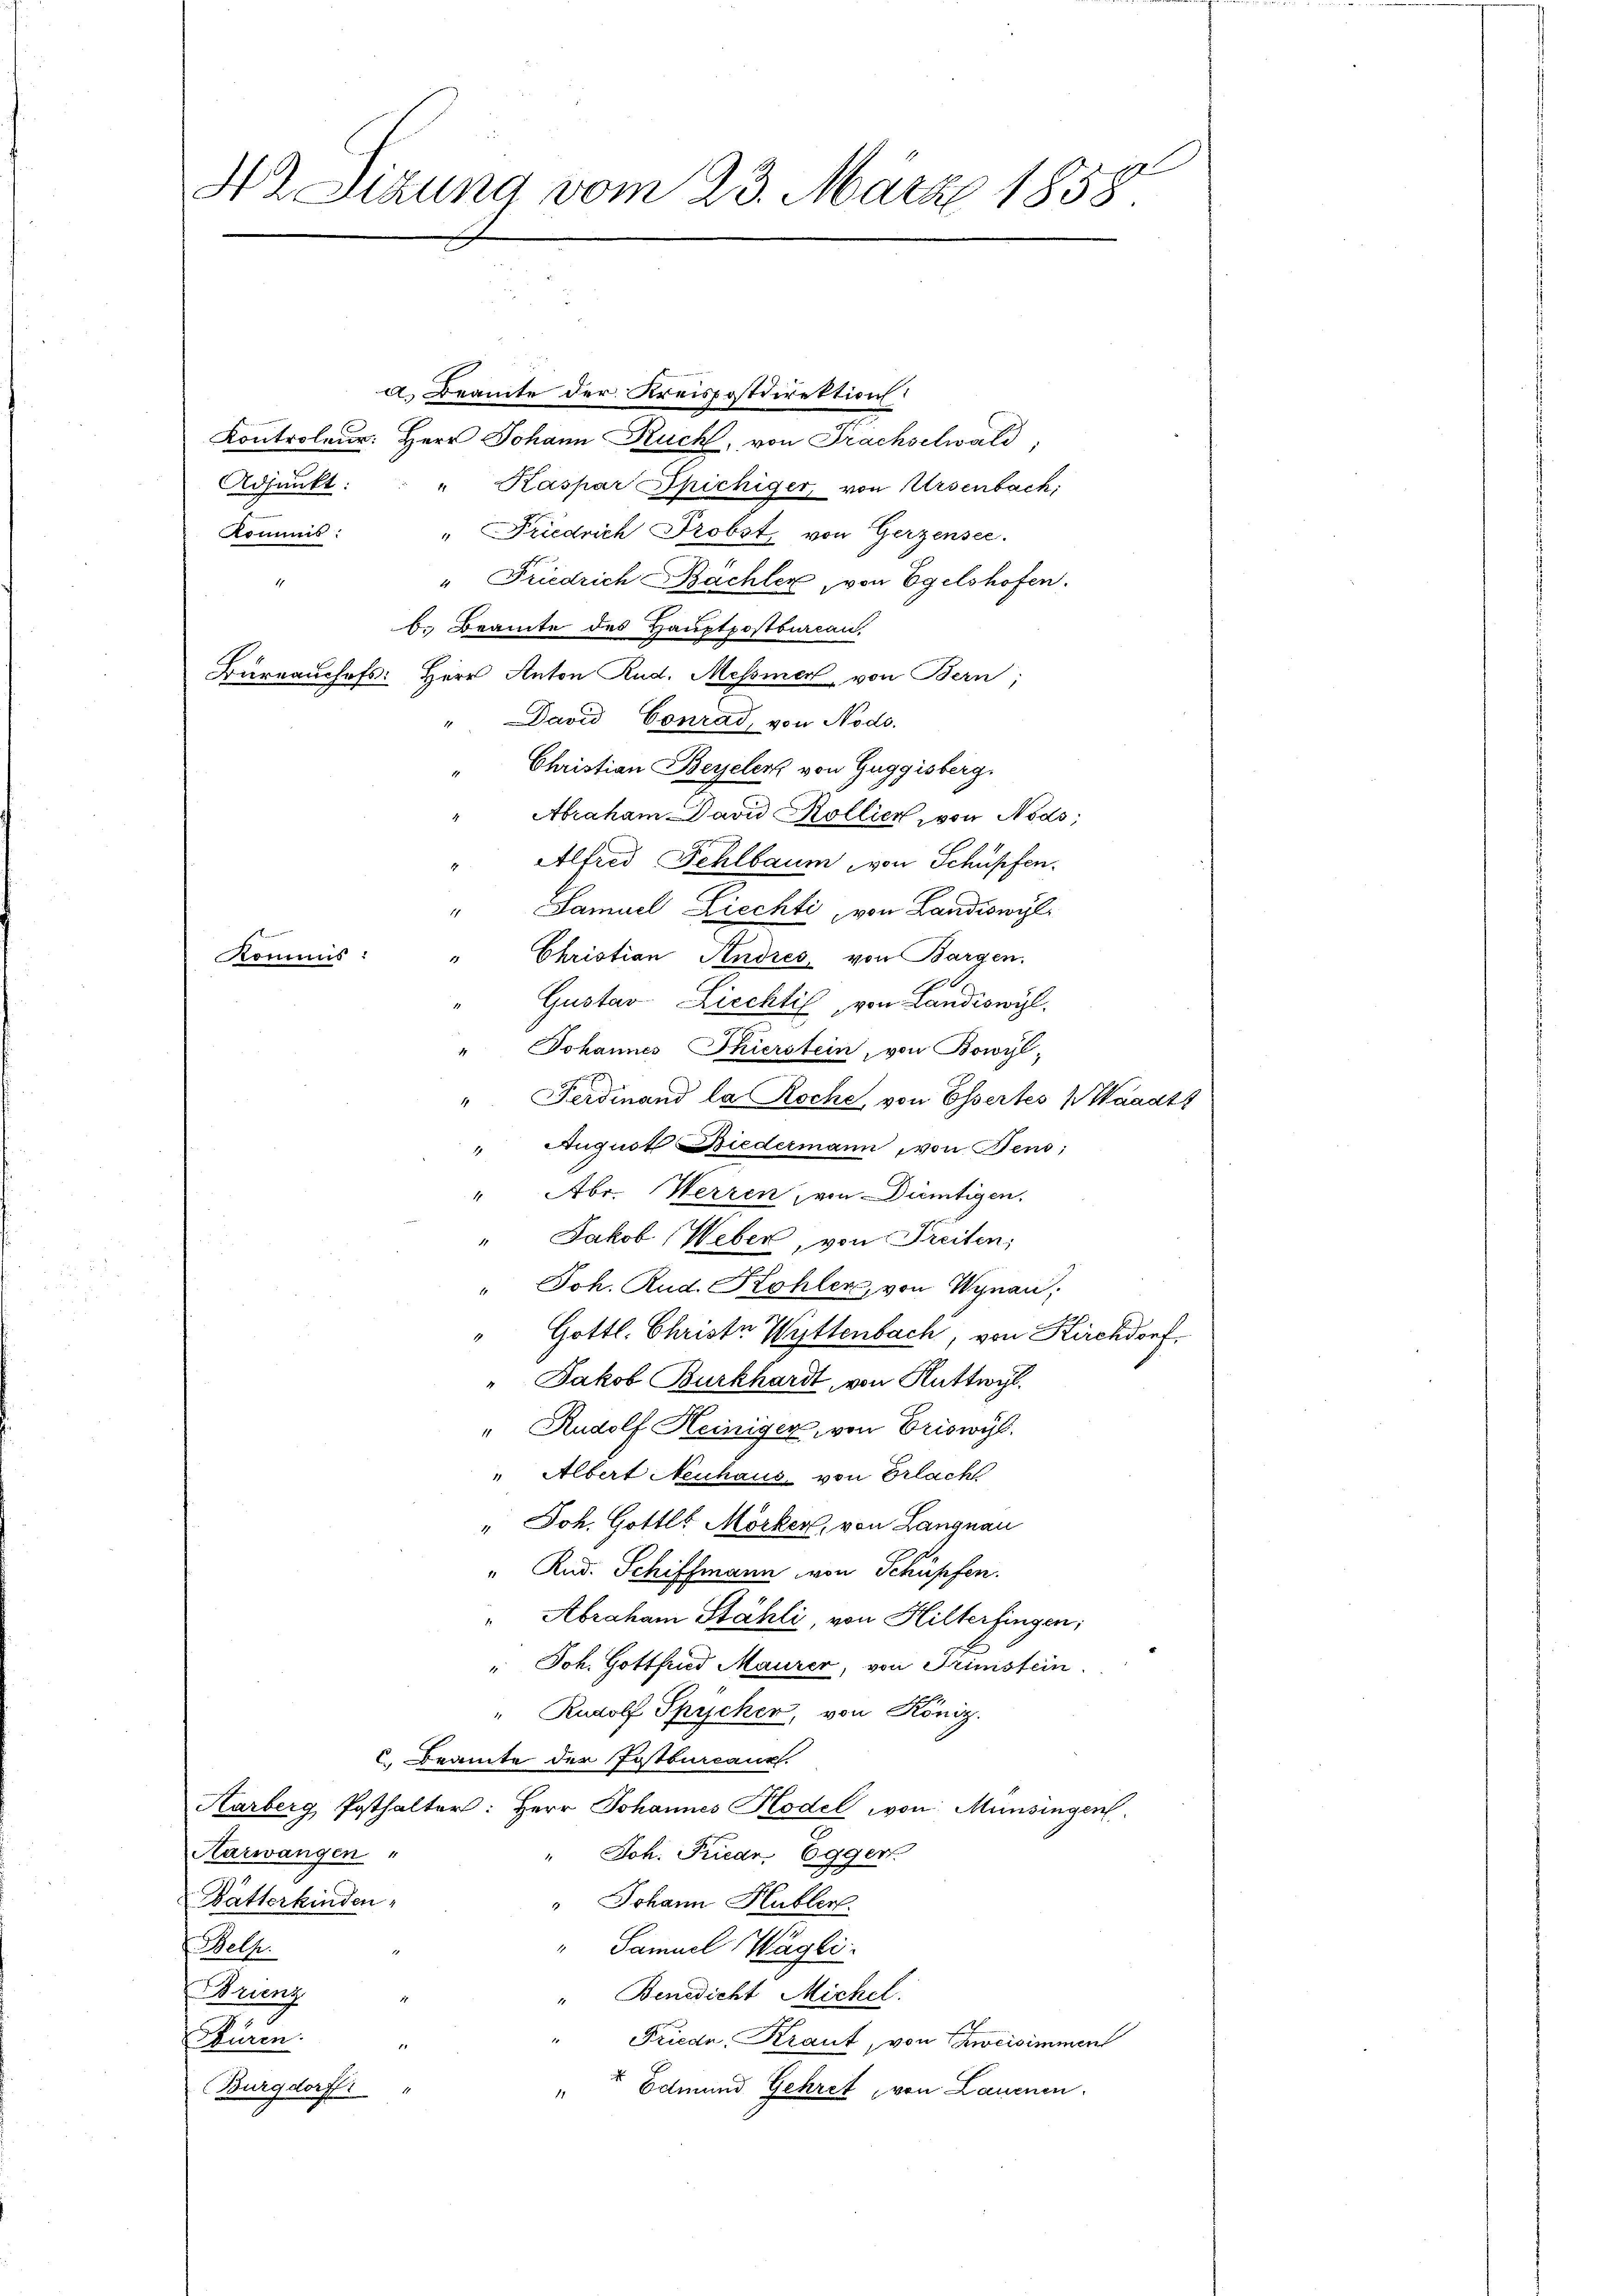
4r Sitzung vom 23. März 1858

Kontroleur: Herr Johann Ruch, von Frächselwald,
Adjunkt:
" Kaspar Spichiger, von Ursenbach,
" Friedrich Probst von Gerzensee.
Kommis:
" Friedrich Bächler, von Egelshofen.
b. Beamte des Hauptpostburcan.
Bürrauchefs: Herr Anton Rud. Messier von Bern;
David Conrad, von Nodo.
Christian Beyelenz von Guggisberg.
Abraham David Kollier von Nods;
" Alfred Fehlbaum von Schüpfen.
" Samuel Ziechti, von Landiswyl
" Christian Andres, von Bargen.
Kommis:
Gustav Liechtil, von Landiswyl.
" Johannes Thierstein, von Bowyl,
" Ferdinand la Roche, von Essertes Waadts
" August Niedermann, von Fens;
" Abr. Werzen, von Dientigen.
" Jakob Weber, von Freiten,
" Joh. Rud. Kohler, von Wynau;
" Gottl. Christe Wittenbach, von Kirchdorf
" Jakob Burkhardt, von Rattwyl
" Rudolf Heiniger, von Eriswyl.
" Albert Neuhaus von Erlach
" Joh. Gottls Mörker, von Langnau
" Rud. Schiffmann von Schüpfen.
" Abraham Stähli, von Hilterfingen;
" Joh. Gottfried Maurer, von Trinistein.
" Rudolf Spycher, von König.
C. Beamte der Fastbureaux.
Karberg, Posthalter: Herr Johannes Hodel von Münsingen
Karwangen "
Joh. Friedr. Egger.
Batterkinden,
" Johann Hubber
" Samuel Wägli
t. Belle.
rung
Benedicht Michel.
Füren.
Friede, Kraut, von Zweisimmen
Burgdorff:
 Edmund Gehret von Lauenen.

a. Beamte der Kreispostdirektion